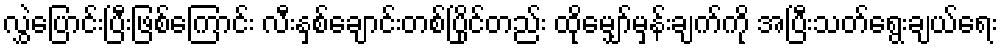
လွှဲပြောင်းပြီးဖြစ်ကြောင်း လီးနှစ်ချောင်းတစ်ပြိုင်တည်း ထိုမျှော်မှန်းချက်ကို အပြီးသတ်ရွေးချယ်ရေး